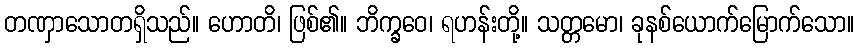
တဏှာသောတရှိသည်။ ဟောတိ၊ ဖြစ်၏။ ဘိက္ခဝေ၊ ရဟန်းတို့။ သတ္တမော၊ ခုနစ်ယောက်မြောက်သော။